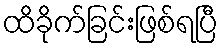
ထိခိုက်ခြင်းဖြစ်ရပြီ